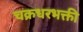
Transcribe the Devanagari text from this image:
चक्रधरभक्ती